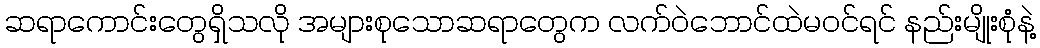
ဆရာကောင်းတွေရှိသလို အများစုသောဆရာတွေက လက်ဝဲဘောင်ထဲမဝင်ရင် နည်းမျိုးစုံနဲ့